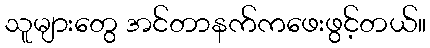
သူများတွေ အင်တာနက်ကဖေးဖွင့်တယ်။